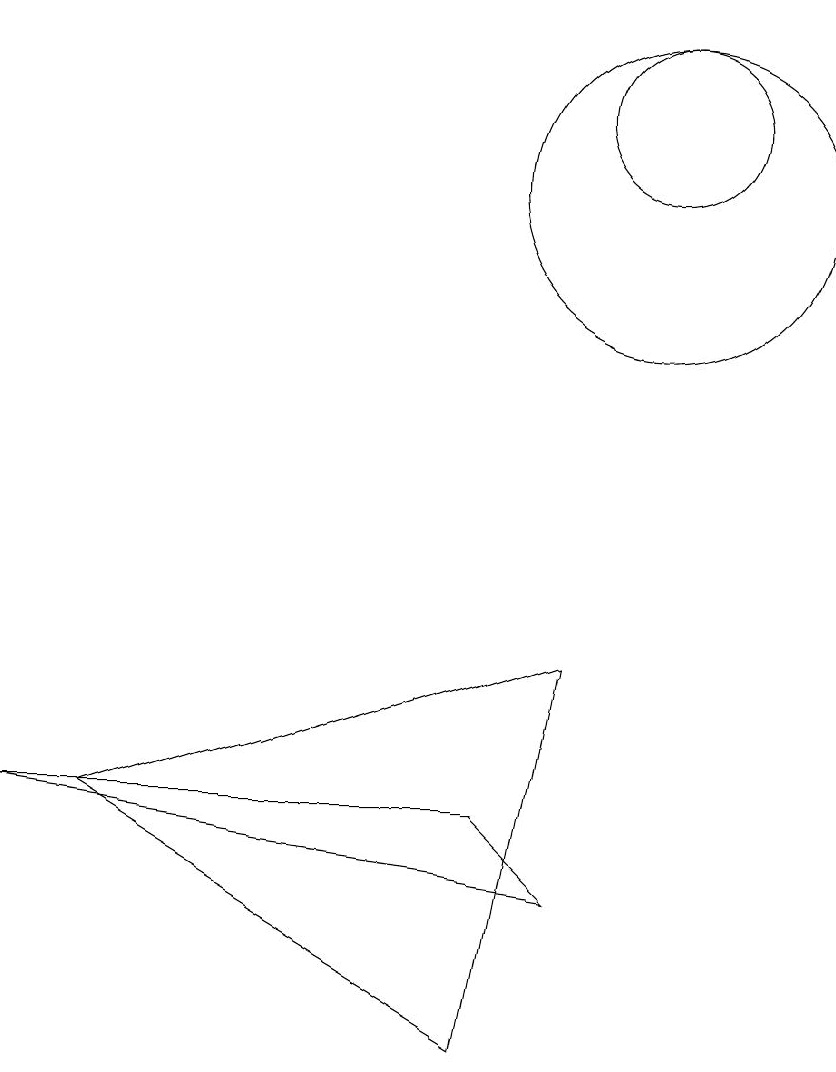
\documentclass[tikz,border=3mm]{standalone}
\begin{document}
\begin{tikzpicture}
\draw (10,11) circle (2);
\draw (3,3) -- (9,5) -- (8,0) -- cycle;
\draw (2,3) -- (9,2) -- (8,3) -- cycle;
\draw (10,12) circle (1);
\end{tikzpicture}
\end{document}